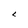
Character: L